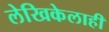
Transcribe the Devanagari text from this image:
लेखिकेलाही